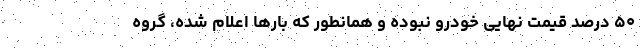
۵۰ درصد قیمت نهایی خودرو نبوده و همانطور که بارها اعلام شده، گروه